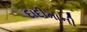
દાદીમાની